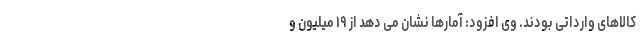
کالاهای وارداتی بودند. وی افزود: آمارها نشان می دهد از ۱۹ میلیون و